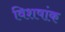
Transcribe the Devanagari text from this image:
विशषांक